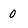
Character: 0